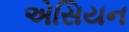
એસિયન